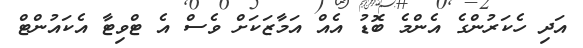
އަދި ހެކަރުންގެ އެންމެ ބޮޑު އެއް އަމާޒަކަށް ވެސް އެ ޓްވިޓާ އެކައުންޓް